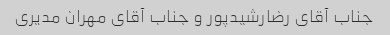
جناب آقای رضارشیدپور و جناب آقای مهران مدیری